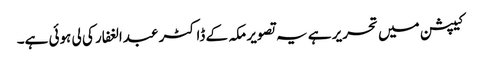
کیپشن میں تحریر ہے یہ تصویر مکہ کے ڈاکٹر عبدالغفار کی لی ہوئی ہے۔